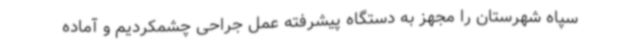
سپاه شهرستان را مجهز به دستگاه پیشرفته عمل جراحی چشمکردیم و آماده